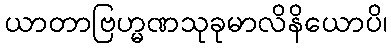
ယာတာဗြဟ္မဏသုခုမာလိနိယောပိ၊